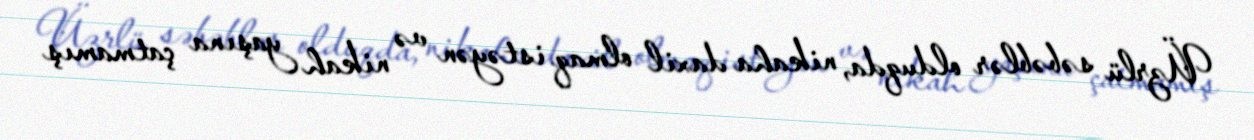
Üzrlü səbəblər olduqda, nikaha daxil olmaq istəyən və nikah yaşına çatmamış